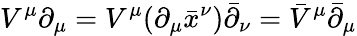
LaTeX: V^{\mu}\partial_{\mu}=V^{\mu}(\partial_{\mu}{\bar{x}}^{\nu})\bar{\partial}_{\nu}={\bar{V}}^{\mu}{\bar{\partial}}_{\mu}